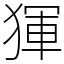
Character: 𤟤